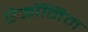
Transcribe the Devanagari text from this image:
ऐक्रॉनिम